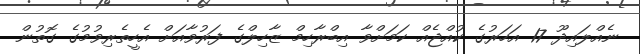
ނެއްލައިދޫ 17 އަހަރުގެ ކުއްޖެއް ކަމަށްވާ އިބްރާހިމް ޒާހިލްގެ ފަރުވާއަށް އެހީތެރިވުމުގެ ގޮތުން